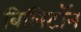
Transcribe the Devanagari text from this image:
बिलिटॉन